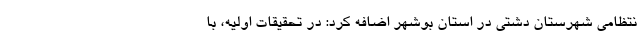
نتظامی شهرستان دشتی در استان بوشهر اضافه کرد: در تحقیقات اولیه، با